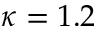
\kappa = 1 . 2